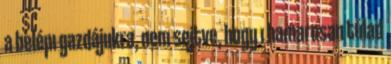
a belépı gazdájukra, nem sejtve, hogy ı hamarosan túlad